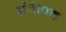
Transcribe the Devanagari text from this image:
संतोपद